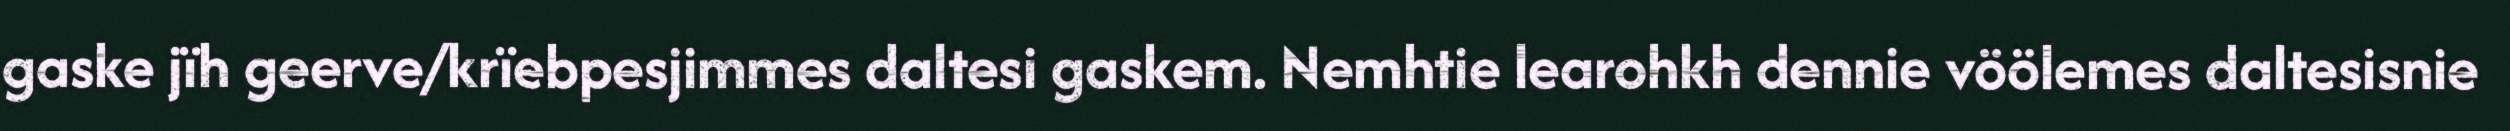
gaske jïh geerve/krïebpesjimmes daltesi gaskem. Nemhtie learohkh dennie vöölemes daltesisnie